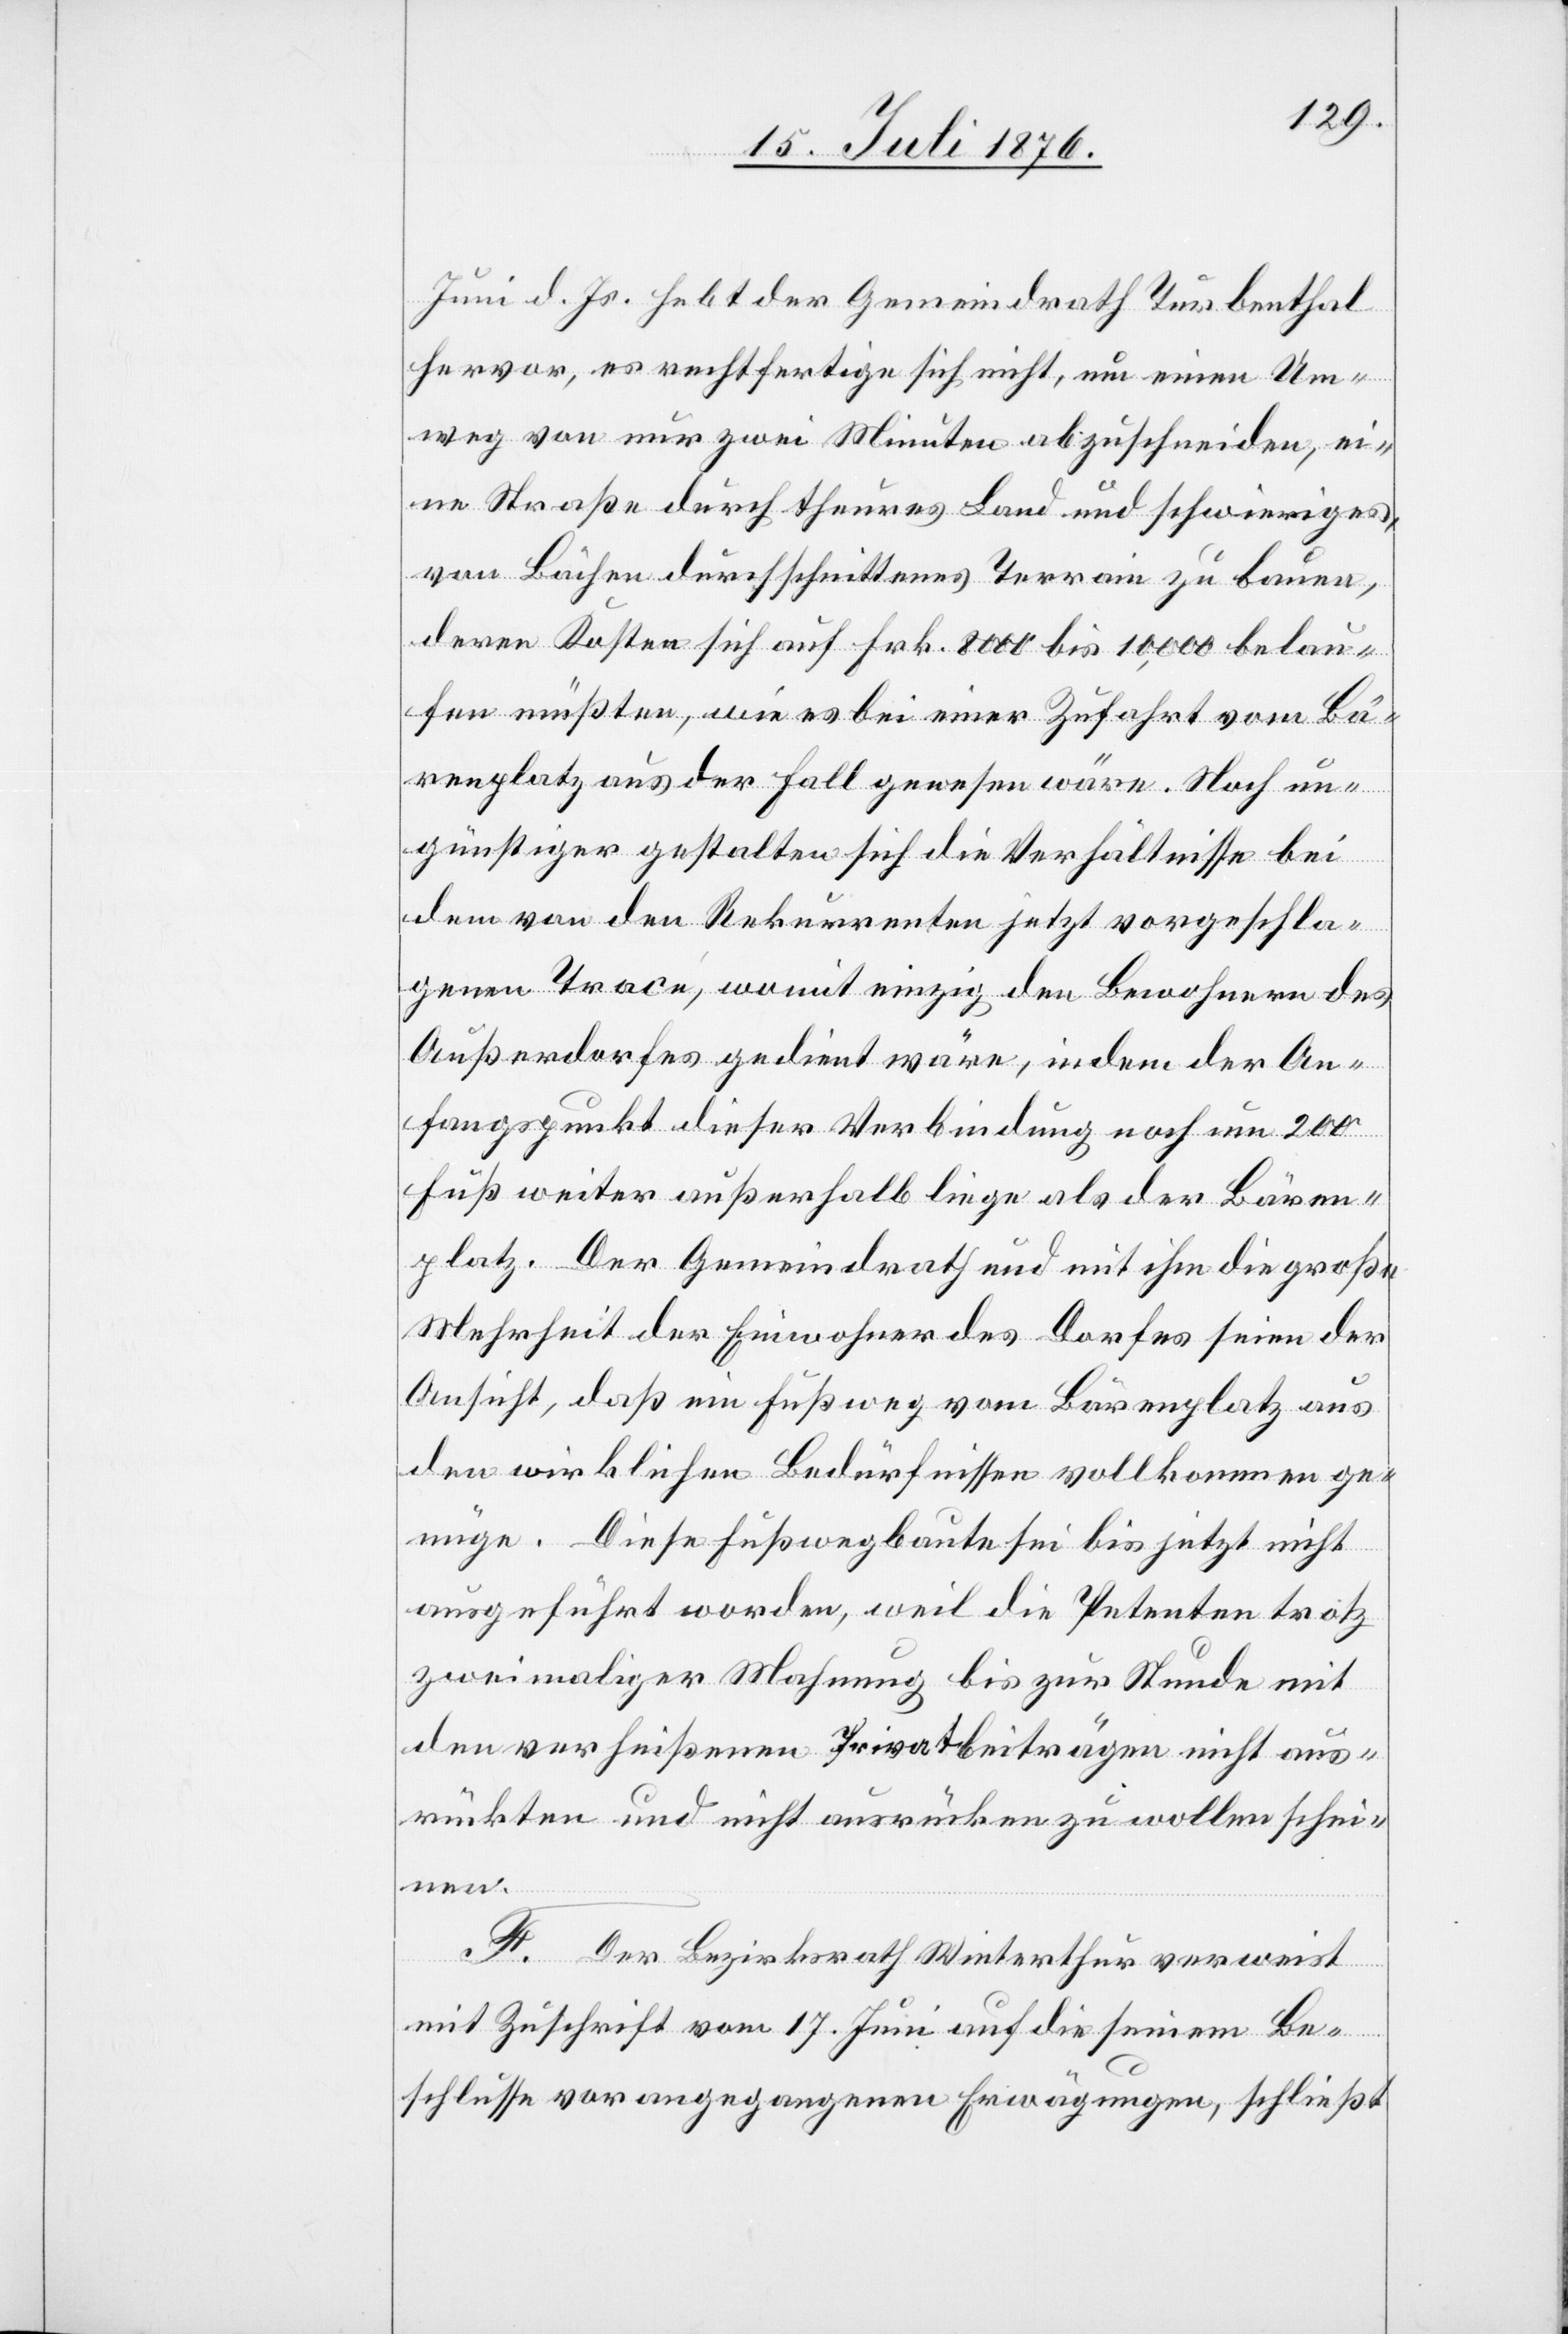
Juni d. Js. hebt der Gemeindrath Turbenthal
hervor, es rechtfertige sich nicht, um einen Um¬
weg von nur zwei Minuten abzuschneiden, ei¬
ne Straße durch theures Land und schwieriges,
von Bächen durchschnittenes Terrain zu bauen,
deren Kosten sich auf Frk. 8000 bis 10,000 belau¬
fen müßten, wie es bei einer Zufahrt vom Bä¬
renplatz aus der Fall gewesen wäre. Noch un¬
günstiger gestalten sich die Verhältnisse bei
dem von den Rekurrenten jetzt vorgeschla¬
genen Trace, womit einzig den Bewohnern des
Außerdorfes gedient wäre, indem der An¬
fangspunkt dieser Verbindung noch um 200
Fuß weiter außerhalb liege als der Bären¬
platz. Der Gemeindrath und mit ihm die große
Mehrheit der Einwohner des Dorfes seien der
Ansicht, das ein Fußweg vom Bärenplatz aus
den wirklichen Bedürfnissen vollkommen ge¬
nüge. Diese Fußwegbaute sei bis jetzt nicht
ausgeführt worden, weil die Petenten trotz
zweimaliger Mahnung bis zur Stunde mit
den verheißenen Privatbeiträgen nicht aus¬
rückten und nicht ausrücken zu wollen schei¬
nen.
Der Bezirksrath Winterthur verweist
mit Zuschrift vom 17. Juni auf die seinem Be¬
schlusse vorangegangenen Erwägungen, schließt